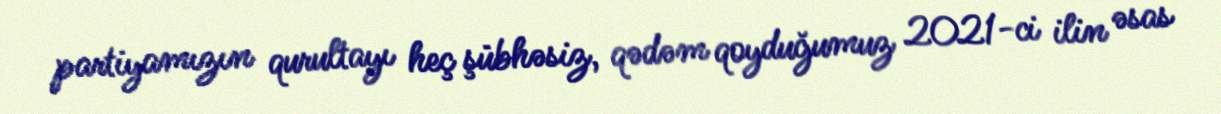
partiyamızın qurultayı heç şübhəsiz, qədəm qoyduğumuz 2021-ci ilin əsas